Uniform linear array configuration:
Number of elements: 4
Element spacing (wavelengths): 0.75
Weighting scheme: blackman
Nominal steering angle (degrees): -15
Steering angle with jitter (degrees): -13.08
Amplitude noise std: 0.05
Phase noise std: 0.05

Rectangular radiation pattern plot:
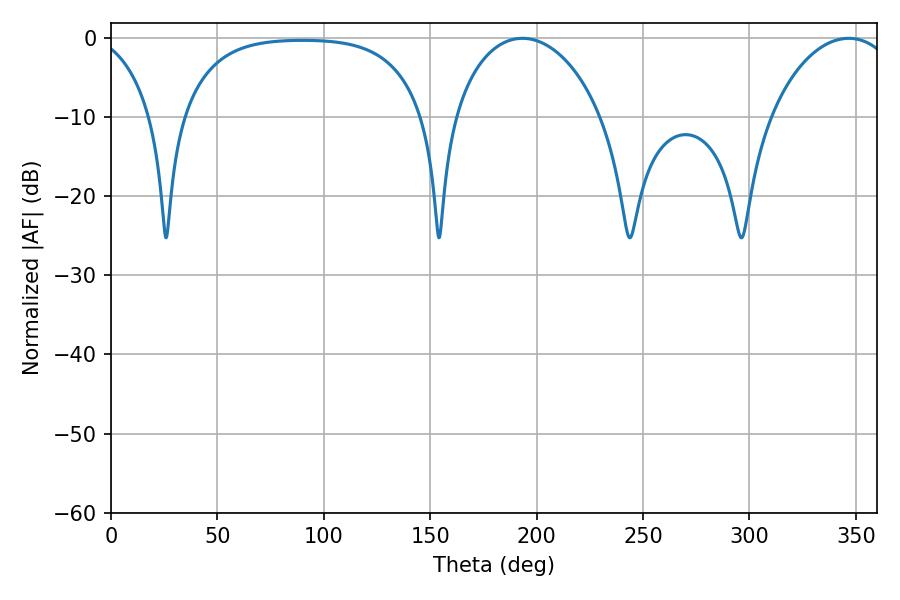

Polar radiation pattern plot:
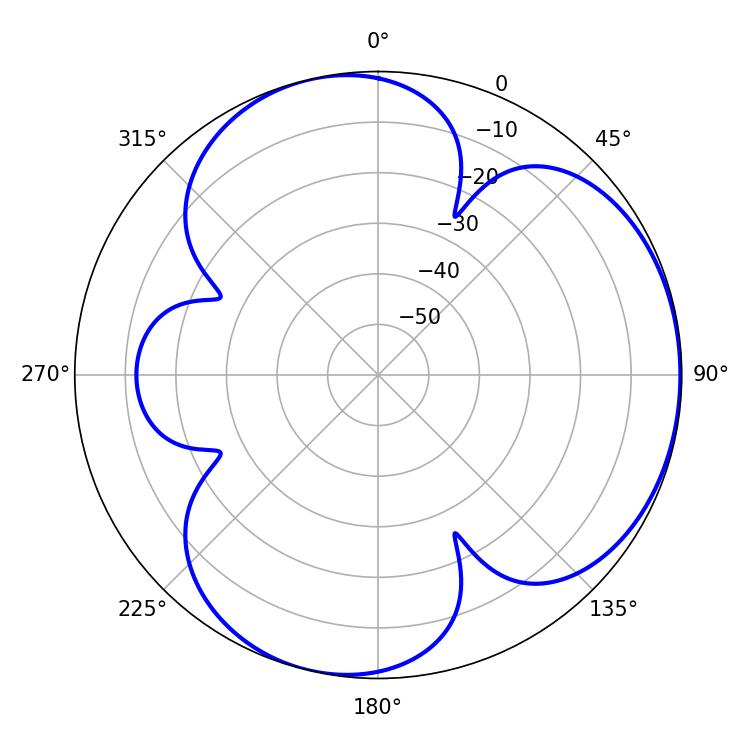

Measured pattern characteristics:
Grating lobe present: TRUE
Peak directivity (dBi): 4.086
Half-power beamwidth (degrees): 40.14
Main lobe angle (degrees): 193.32